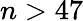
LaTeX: n>47